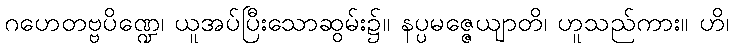
ဂဟေတဗ္ဗပိဏ္ဍေ၊ ယူအပ်ပြီးသောဆွမ်း၌။ နပ္ပမဇ္ဇေယျာတိ၊ ဟူသည်ကား။ ဟိ၊